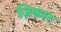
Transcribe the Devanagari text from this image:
ज़िकार